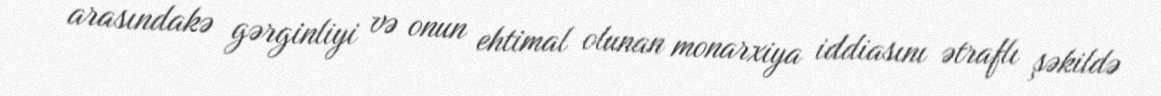
arasındakə gərginliyi və onun ehtimal olunan monarxiya iddiasını ətraflı şəkildə